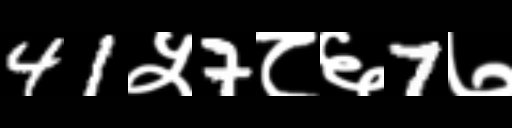
Text: 41५7८६7७